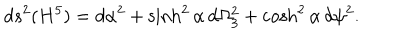
LaTeX: d s ^ { 2 } ( H ^ { 5 } ) = d \alpha ^ { 2 } + \sinh ^ { 2 } \alpha \, d \Omega _ { 3 } ^ { 2 } + \cosh ^ { 2 } \alpha \, d \psi ^ { 2 } .